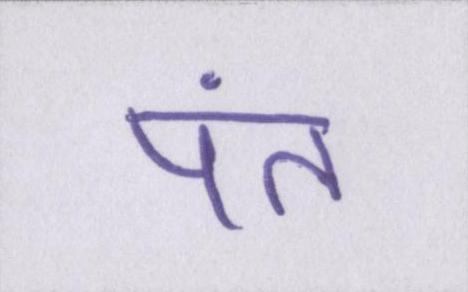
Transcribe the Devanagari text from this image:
पंत